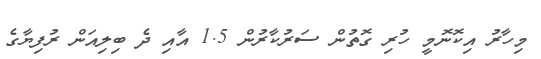
މިހާރު އިކޮނޮމީ ހުރި ގޮތުން ސަރުކާރުން 1.5 އާއި ދެ ބިލިއަން ރުފިޔާގެ